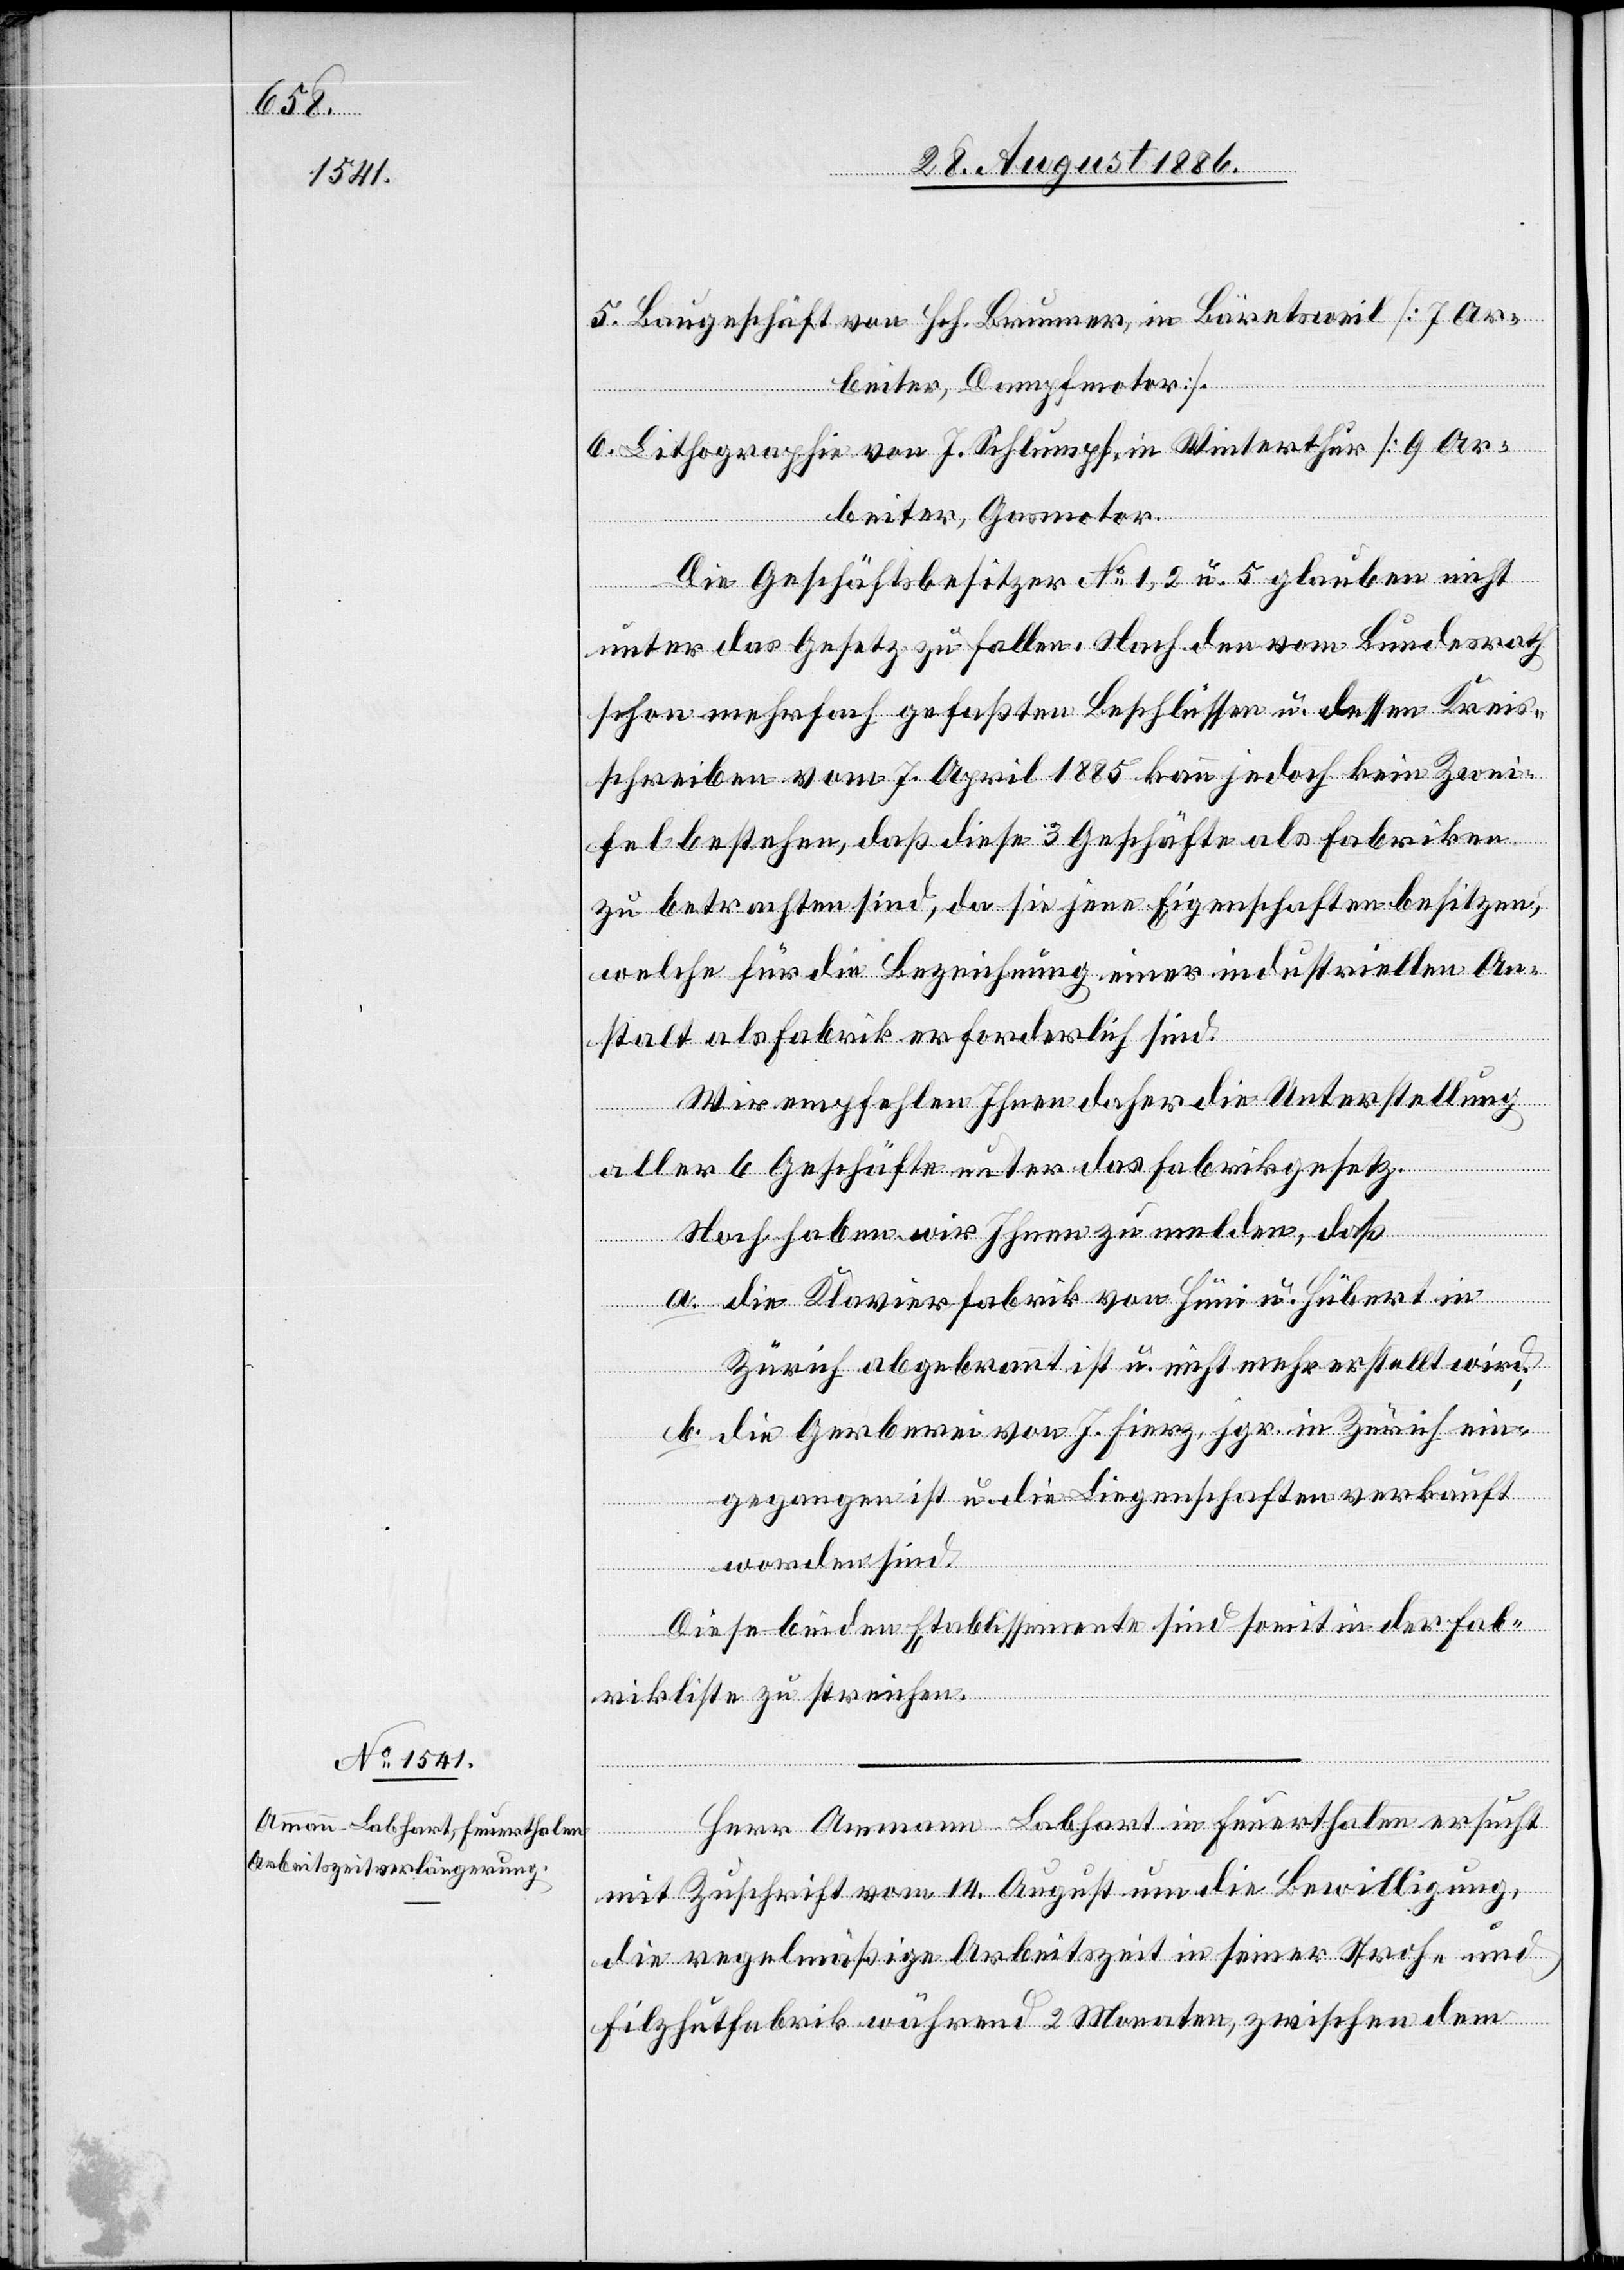
5. Baugeschäft von Hch. Brunner, in Bäretsweil [7 Ar¬
beiter, Dampfmotor].
6. Lithographie von J. Schlumpf, in Winterthur [9 Ar¬
beiter, Gasmotor].
Die Geschäftsbesitzer No 1,2 u. 5 glauben nicht
unter das Gesetz zu fallen. Nach den vom Bundesrath
schon mehrfach gefaßten Beschlüssen u. dessen Kreis¬
schreiben vom 7. April 1885 kann jedoch kein Zwei¬
fel bestehen, daß diese 3 Geschäfte als Fabriken
zu betrachten sind, da sie jene Eigenschaften besitzen,
welche für die Bezeichnung einer industriellen An¬
stalt als Fabrik erforderlich sind.
Wir empfehlen Ihnen daher die Unterstellung
aller 6 Geschäfte unter das Fabrikgesetz.
Noch haben wir Ihnen zu melden, daß
a. die Klavierfabrik Hüni u. Hübert in
Zürich abgebrannt ist u. nicht mehr erstellt wird;
b. die Gerberei von J. Fierz, jgr. in Zürich ein¬
gegangen ist u. die Liegenschaft verkauft
ist.
Diese beiden Etablissemente sind somit in der Fab¬
rikliste zu streichen.
Herr Ammann-Labhart in Feuerthalen ersucht
mit Zuschrift vom 14. August um die Bewilligung,
die regelmäßige Arbeitszeit in seiner Stroh- und
Filzhutfabrik während 2 Monaten, zwischen dem